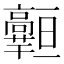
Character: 𱅾